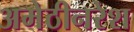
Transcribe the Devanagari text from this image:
अमेठीनरेश